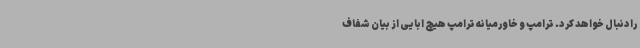
رادنبال خواهد کرد. ترامپ و خاورمیانه ترامپ هیچ ابایی از بیان شفاف